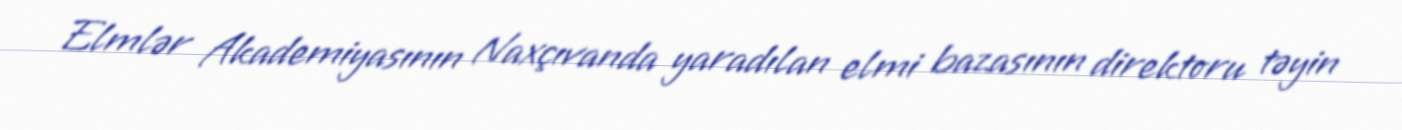
Elmlər Akademiyasının Naxçıvanda yaradılan elmi bazasının direktoru təyin